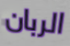
الربان